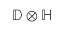
\mathbb { D } \otimes \mathbb { H }